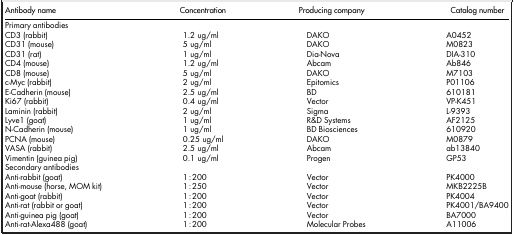
<table><thead><tr><td><b>Antibody name</b></td><td><b>Concentration</b></td><td><b>Producing company</b></td><td><b>Catalog number</b></td></tr></thead><tbody><tr><td>Primary antibodies</td><td> </td><td> </td><td> </td></tr><tr><td>CD3 (rabbit)</td><td>1.2 ug/ml</td><td>DAKO</td><td>A0452</td></tr><tr><td>CD31 (mouse)</td><td>5 ug/ml</td><td>DAKO</td><td>M0823</td></tr><tr><td>CD31 (rat)</td><td>1 ug/ml</td><td>Dia-Nova</td><td>DIA-310</td></tr><tr><td>CD4 (mouse)</td><td>1.2 ug/ml</td><td>Abcam</td><td>Ab846</td></tr><tr><td>CD8 (mouse)</td><td>5 ug/ml</td><td>DAKO</td><td>M7103</td></tr><tr><td>c-Myc (rabbit)</td><td>2 ug/ml</td><td>Epitomics</td><td>P01106</td></tr><tr><td>E-Cadherin (mouse)</td><td>2.5 ug/ml</td><td>BD</td><td>610181</td></tr><tr><td>Ki67 (rabbit)</td><td>0.4 ug/ml</td><td>Vector</td><td>VP-K451</td></tr><tr><td>Laminin (rabbit)</td><td>2 ug/ml</td><td>Sigma</td><td>L-9393</td></tr><tr><td>Lyve1 (goat)</td><td>1 ug/ml</td><td>R&amp;D Systems</td><td>AF2125</td></tr><tr><td>N-Cadherin (mouse)</td><td>1 ug/ml</td><td>BD Biosciences</td><td>610920</td></tr><tr><td>PCNA (mouse)</td><td>0.25 ug/ml</td><td>DAKO</td><td>M0879</td></tr><tr><td>VASA (rabbit)</td><td>2.5 ug/ml</td><td>Abcam</td><td>ab13840</td></tr><tr><td>Vimentin (guinea pig)</td><td>0.1 ug/ml</td><td>Progen</td><td>GP53</td></tr><tr><td>Secondary antibodies</td><td> </td><td> </td><td> </td></tr><tr><td>Anti-rabbit (goat)</td><td>1:200</td><td>Vector</td><td>PK4000</td></tr><tr><td>Anti-mouse (horse, MOM kit)</td><td>1:250</td><td>Vector</td><td>MKB2225B</td></tr><tr><td>Anti-goat (rabbit)</td><td>1:200</td><td>Vector</td><td>PK4004</td></tr><tr><td>Anti-rat (rabbit or goat)</td><td>1:200</td><td>Vector</td><td>PK4001/BA9400</td></tr><tr><td>Anti-guinea pig (goat)</td><td>1:200</td><td>Vector</td><td>BA7000</td></tr><tr><td>Anti-rat-Alexa488 (goat)</td><td>1:200</td><td>Molecular Probes</td><td>A11006</td></tr></tbody></table>